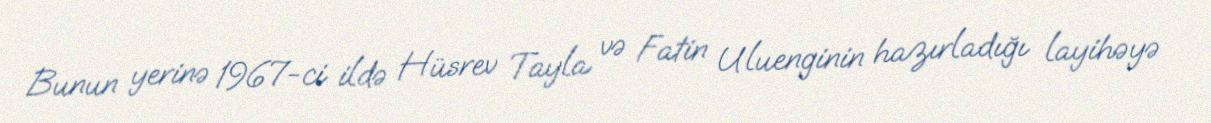
Bunun yerinə 1967-ci ildə Hüsrev Tayla və Fatin Uluenginin hazırladığı layihəyə